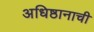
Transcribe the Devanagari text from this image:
अधिष्ठानाची